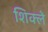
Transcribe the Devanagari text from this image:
शिक्ले